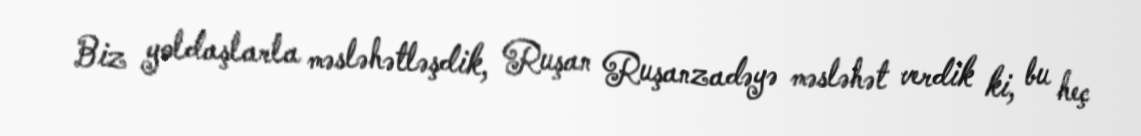
Biz yoldaşlarla məsləhətləşdik, Ruşan Ruşanzadəyə məsləhət verdik ki, bu heç